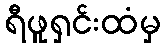
ရီဖူရှင်းထံမှ